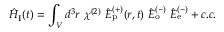
\hat { H } _ { \mathrm { I } } ( t ) = \int _ { V } d ^ { 3 } r ~ \chi ^ { ( 2 ) } ~ \hat { E } _ { \mathrm { p } } ^ { ( + ) } ( r , t ) ~ \hat { E } _ { \mathrm { o } } ^ { ( - ) } ~ \hat { E } _ { \mathrm { e } } ^ { ( - ) } + c . c .